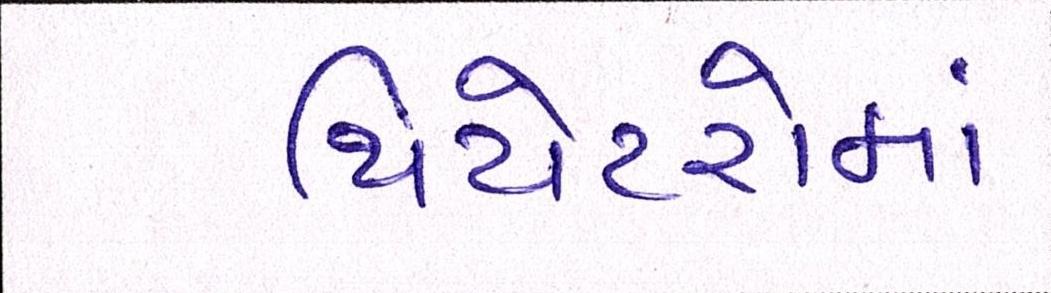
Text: થિયેટરોમાં